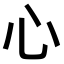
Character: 心